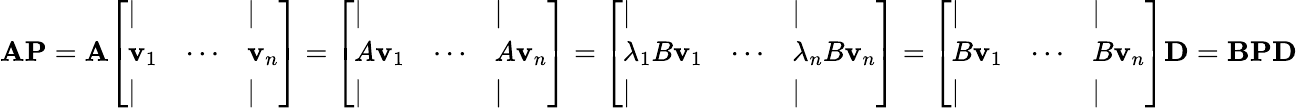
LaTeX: \mathbf{A}\mathbf{P}=\mathbf{A}{\left[\begin{array}{lll}{|}&&{|}\\ {\mathbf{v}_{1}}&{\cdots}&{\mathbf{v}_{n}}\\ {|}&&{|}\end{array}\right]}={\left[\begin{array}{lll}{|}&&{|}\\ {A\mathbf{v}_{1}}&{\cdots}&{A\mathbf{v}_{n}}\\ {|}&&{|}\end{array}\right]}={\left[\begin{array}{lll}{|}&&{|}\\ {\lambda_{1}B\mathbf{v}_{1}}&{\cdots}&{\lambda_{n}B\mathbf{v}_{n}}\\ {|}&&{|}\end{array}\right]}={\left[\begin{array}{lll}{|}&&{|}\\ {B\mathbf{v}_{1}}&{\cdots}&{B\mathbf{v}_{n}}\\ {|}&&{|}\end{array}\right]}\mathbf{D}=\mathbf{B}\mathbf{P}\mathbf{D}